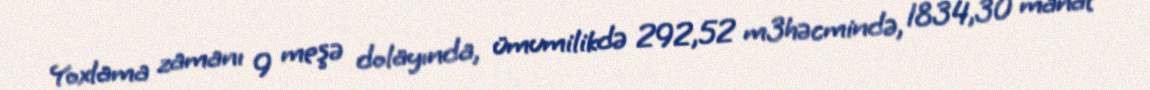
Yoxlama zamanı 9 meşə dolayında, ümumilikdə 292,52 m3həcmində, 1834,30 manat